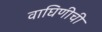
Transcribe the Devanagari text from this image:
वाघिणीची